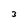
Character: 3